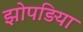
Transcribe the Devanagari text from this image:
झोपड़िया